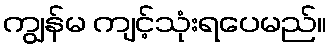
ကျွန်မ ကျင့်သုံးရပေမည်။